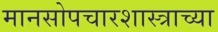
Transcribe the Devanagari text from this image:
मानसोपचारशास्त्राच्या